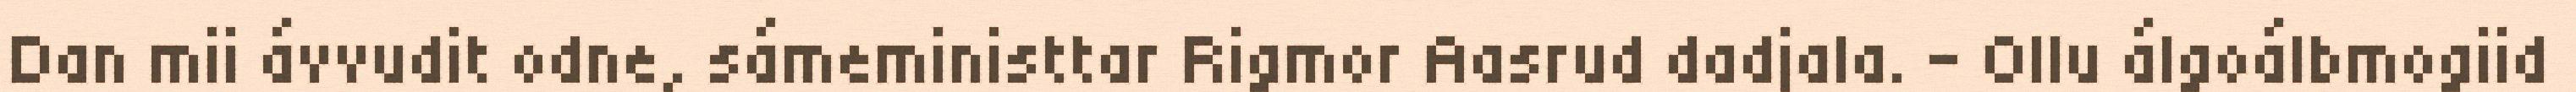
Dan mii ávvudit odne, sámeministtar Rigmor Aasrud dadjala. - Ollu álgoálbmogiid